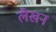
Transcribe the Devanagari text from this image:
लैखन